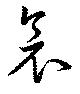
衾